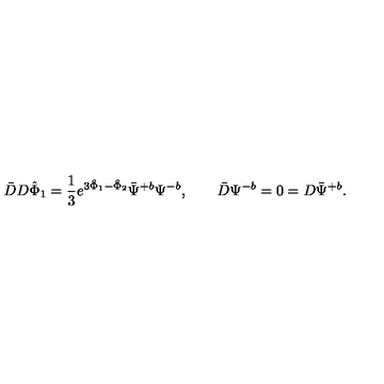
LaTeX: \bar { D } D { \hat { \Phi } } _ { 1 } = { \frac { 1 } { 3 } } e ^ { 3 { \hat { \Phi } } _ { 1 } - { \hat { \Phi } } _ { 2 } } \bar { \Psi } ^ { + b } \Psi ^ { - b } , \qquad \bar { D } \Psi ^ { - b } = 0 = D \bar { \Psi } ^ { + b } .